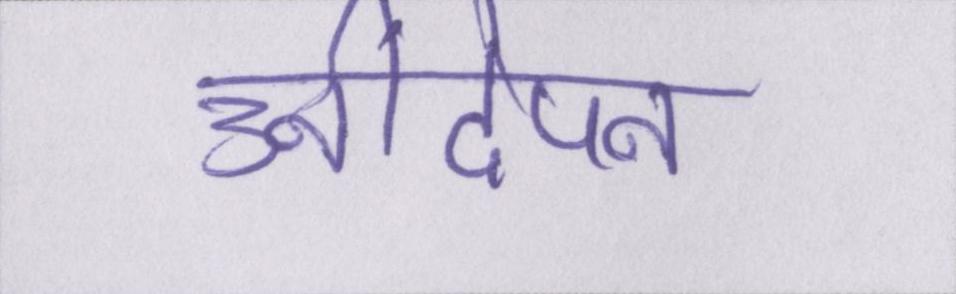
उनींदेपन